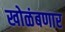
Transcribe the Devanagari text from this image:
खोळंबणार